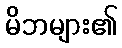
မိဘများ၏